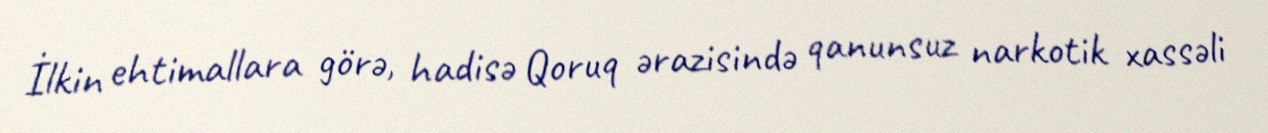
İlkin ehtimallara görə, hadisə Qoruq ərazisində qanunsuz narkotik xassəli